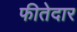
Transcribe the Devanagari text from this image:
फीतेदार